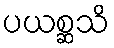
ပယစ္ဆသိ